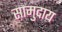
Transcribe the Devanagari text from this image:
सामुदाय